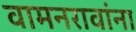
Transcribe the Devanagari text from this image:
वामनरावांना